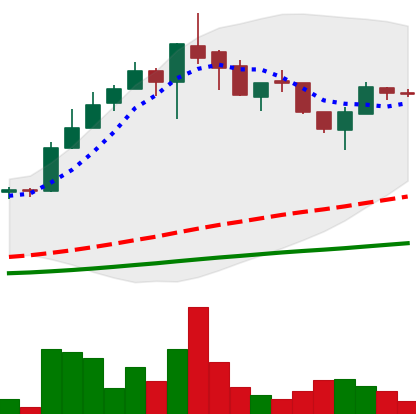
Ticker: LTC-USD
Chart end date: 2017-05-20
Forward return: 8.704%
Label: up_7plus